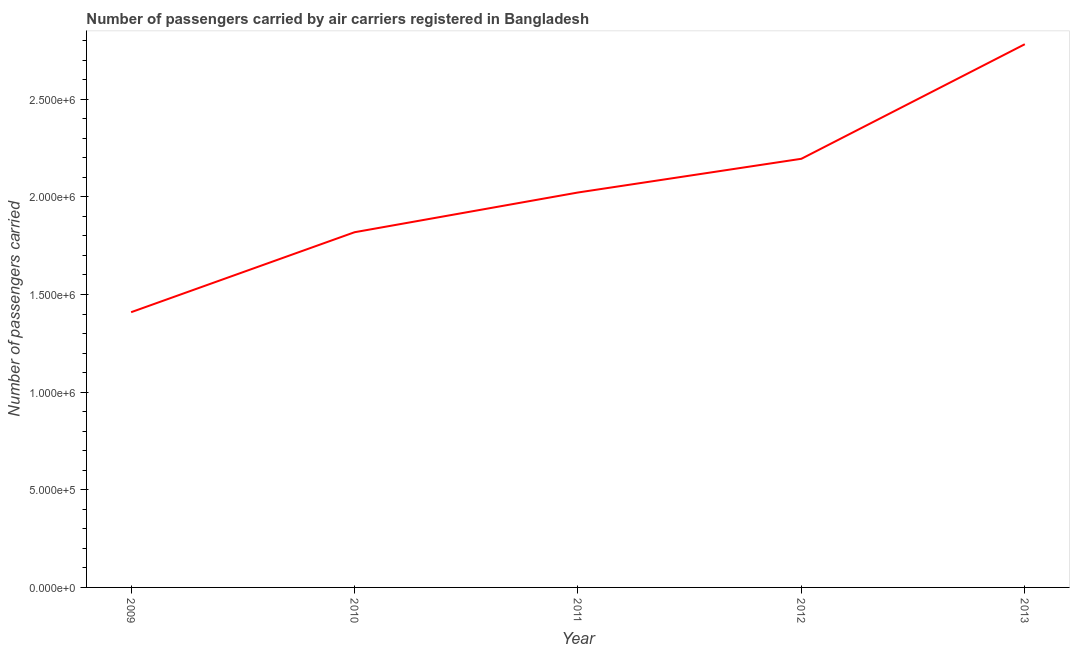
| Year | Air transport |
 | --- | --- |
 | 2009 | 1.41e+06 |
 | 2010 | 1.82e+06 |
 | 2011 | 2.02e+06 |
 | 2012 | 2.2e+06 |
 | 2013 | 2.78e+06 |